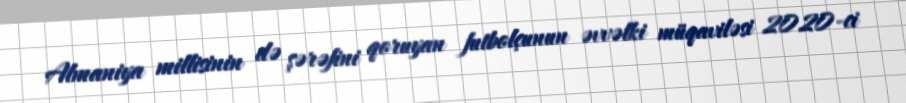
Almaniya millisinin də şərəfini qoruyan futbolçunun əvvəlki müqaviləsi 2020-ci